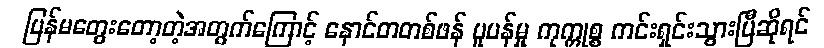
ပြန်မတွေးတော့တဲ့အတွက်ကြောင့် နောင်တတစ်ဖန် ပူပန်မှု ကုက္ကုစ္စ ကင်းရှင်းသွားပြီဆိုရင်